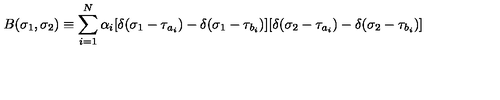
B ( \sigma _ { 1 } , \sigma _ { 2 } ) \equiv \sum _ { i = 1 } ^ { N } \alpha _ { i } [ \delta ( \sigma _ { 1 } - \tau _ { a _ { i } } ) - \delta ( \sigma _ { 1 } - \tau _ { b _ { i } } ) ] [ \delta ( \sigma _ { 2 } - \tau _ { a _ { i } } ) - \delta ( \sigma _ { 2 } - \tau _ { b _ { i } } ) ]